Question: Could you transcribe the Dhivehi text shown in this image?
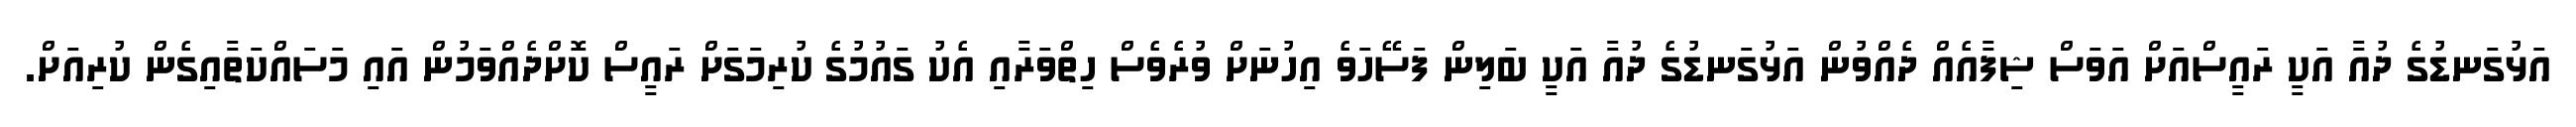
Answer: އަޅުގަނޑުގެ ދުއާ އަކީ ރައީސްއަށް އަވަސް ޝިފާއެއް ދެއްވުން އަޅުގަނޑުގެ ދުއާ އަކީ ބަލިން ފަސޭހަވެ އިހުނަށް ވުރެވެސް ހިތްވަރާއި އެކު ގައުމުގެ ކުރިމަގަށް ރައީސް ކޮށްދެއްވަމުން އައި މަސައްކަތާއިގެން ކުރިއަށް.